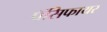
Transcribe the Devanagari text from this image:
पॅसिफायर